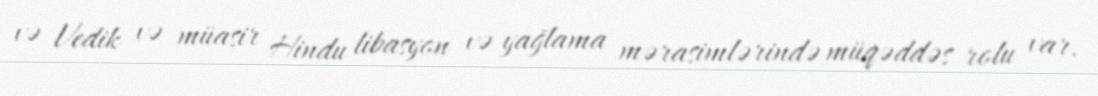
və Vedik və müasir Hindu libasyon və yağlama mərasimlərində müqəddəs rolu var.